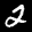
Label: 2